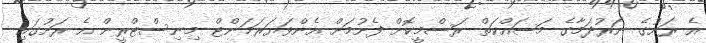
އެ ރަށުގެ ނަރުދަމާގެ މަސައްކަތް ރަސްމީކޮށް ފެށުމަށް އެންވަޔަރަމަންޓް މިނިސްޓްރީން އެ ރަށުގައި